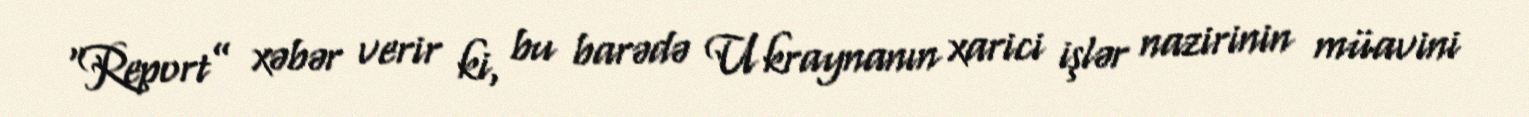
“Report” xəbər verir ki, bu barədə Ukraynanın xarici işlər nazirinin müavini